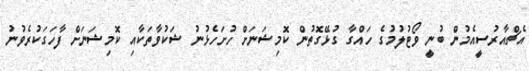
އެޗްއާރުސީއެމުން ބުނީ ވޯޓުލުމުގެ ހައްގާ ގުޅޭގޮތުން ކޮމިޝަނަށް ހުށަހެޅުނު ޝަކުވާތަކާއި ކޮމިޝަނަށް ފާހަގަކުރެވުނު